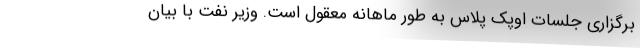
برگزاری جلسات اوپک پلاس به طور ماهانه معقول است. وزیر نفت با بیان